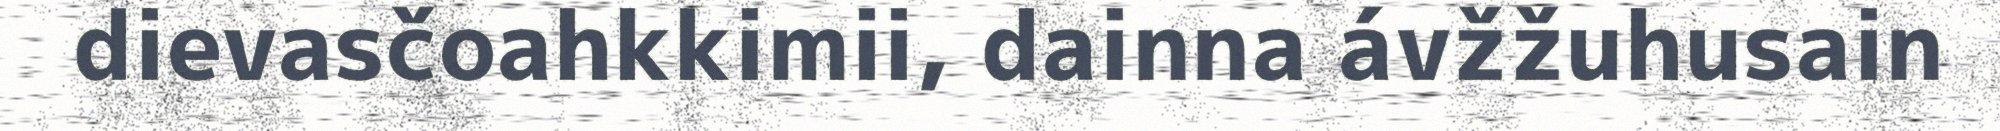
dievasčoahkkimii, dainna ávžžuhusain